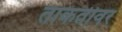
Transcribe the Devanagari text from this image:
ताकतीवर